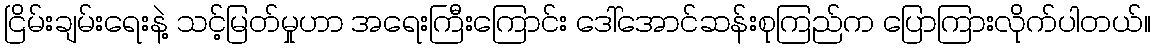
ငြိမ်းချမ်းရေးနဲ့ သင့်မြတ်မှုဟာ အရေးကြီးကြောင်း ဒေါ်အောင်ဆန်းစုကြည်က ပြောကြားလိုက်ပါတယ်။